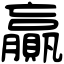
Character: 贏